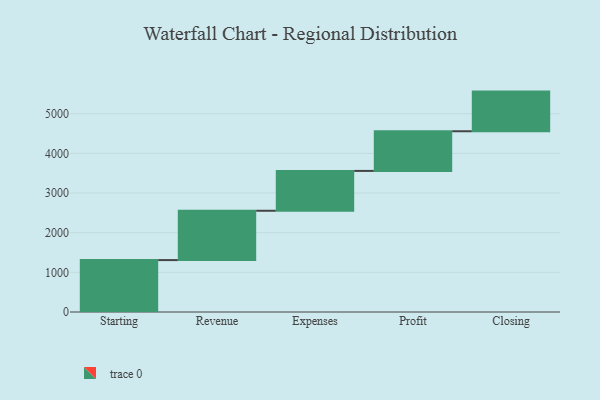
{"axis": {"x": "Step", "y": "Value"}, "legend": [""], "data": [{"x": "Starting", "y": 1309.0, "type": ""}, {"x": "Revenue", "y": 1244.0, "type": ""}, {"x": "Expenses", "y": 1005.0, "type": ""}, {"x": "Profit", "y": 1000, "type": ""}, {"x": "Closing", "y": 1000, "type": ""}]}